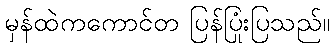
မှန်ထဲကကောင်တ ပြန်ပြုံးပြသည်။